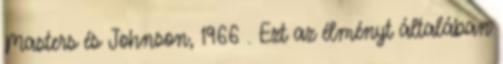
Masters és Johnson, 1966 . Ezt az élményt általában